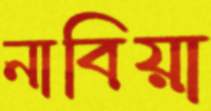
নাবিয়া